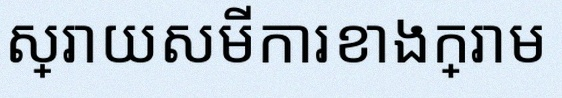
ដោះស្រាយសមីការខាងក្រោម